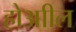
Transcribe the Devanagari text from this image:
होआील